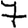
Digit: 7